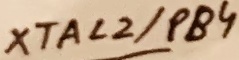
Text: XTAL2/PB4